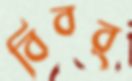
বিবর্